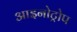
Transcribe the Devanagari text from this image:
आइनोट्रोप